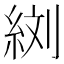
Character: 𦀑